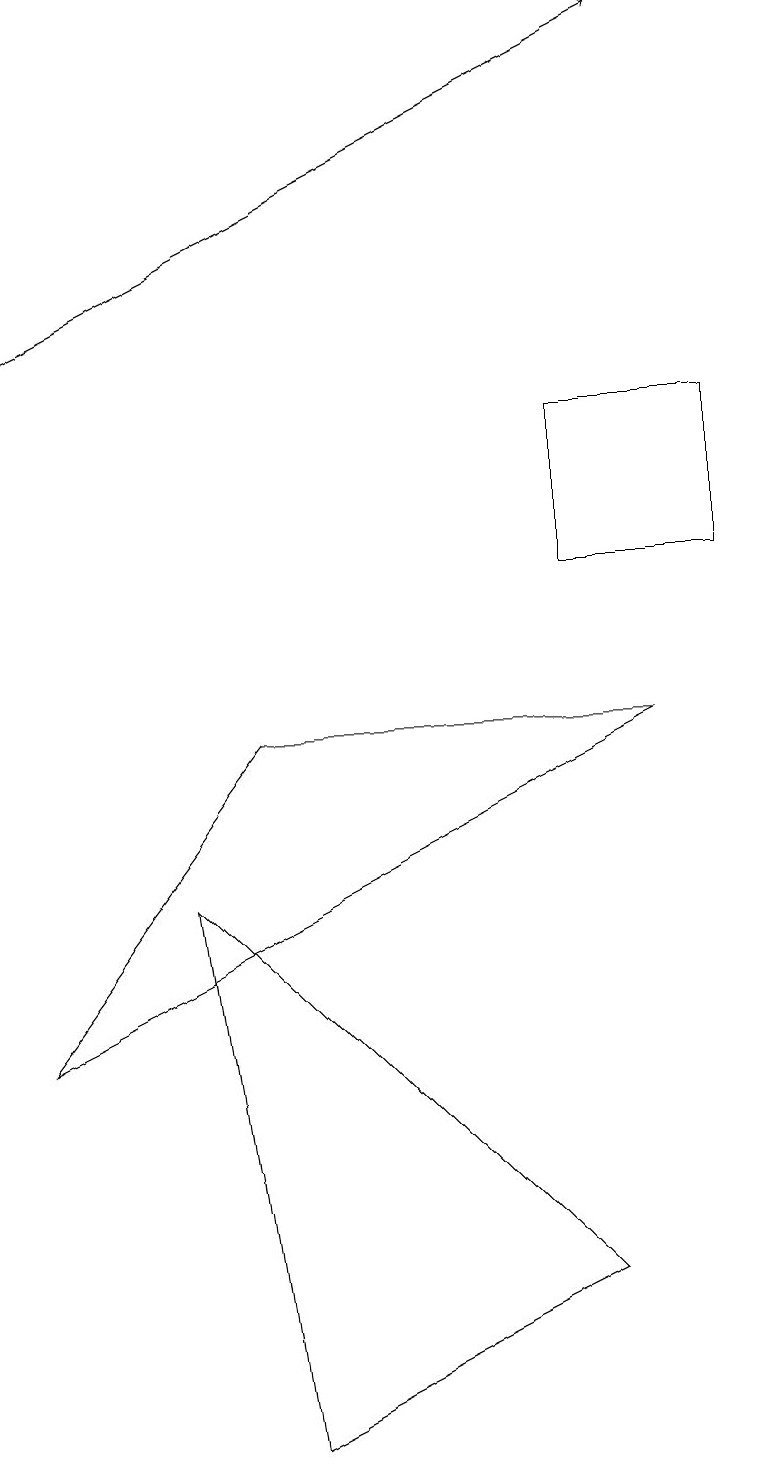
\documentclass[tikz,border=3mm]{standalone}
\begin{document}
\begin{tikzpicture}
\draw (2,7) -- (7,2) -- (3,0) -- cycle;
\draw (3,9) -- (0,5) -- (8,9) -- cycle;
\draw[->] (0,14) -- (8,18);
\draw (7,11) rectangle (9,13);
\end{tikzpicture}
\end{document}